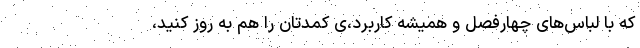
که با لباس‌های چهارفصل و همیشه کاربرد،ی کمدتان را هم به روز کنید،